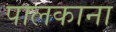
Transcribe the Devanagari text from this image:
पालकाना